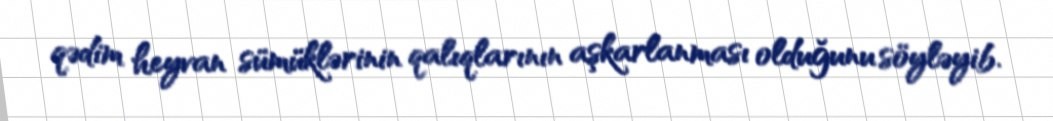
qədim heyvan sümüklərinin qalıqlarının aşkarlanması olduğunu söyləyib.